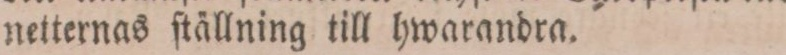
netternas ſtällning till hwarandra.